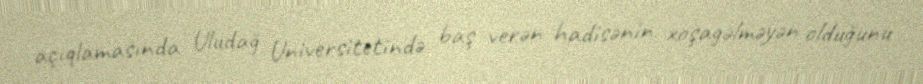
açıqlamasında Uludağ Universitetində baş verən hadisənin xoşagəlməyən olduğunu